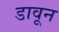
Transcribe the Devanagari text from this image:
डावून